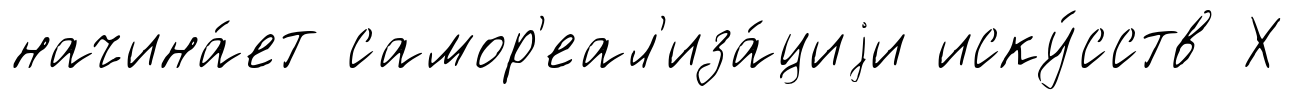
начина́ет самор'еал'иза́циjи иску́сств Х